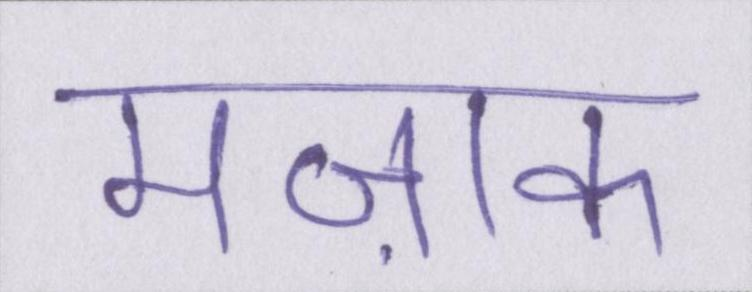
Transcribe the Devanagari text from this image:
मज़ाक